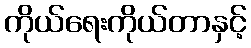
ကိုယ်ရေးကိုယ်တာနှင့်